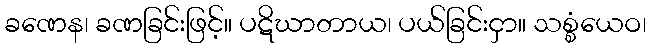
ခဏေန၊ ခဏခြင်းဖြင့်။ ပဋိဃာတာယ၊ ပယ်ခြင်းငှာ။ သစ္စံယေဝ၊